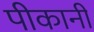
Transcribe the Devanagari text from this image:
पीकानी